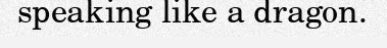
speaking like a dragon.